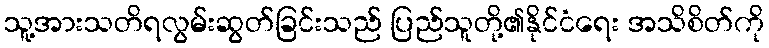
သူ့အားသတိရလွမ်းဆွတ်ခြင်းသည် ပြည်သူတို့၏နိုင်ငံရေး အသိစိတ်ကို